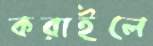
করাইলে